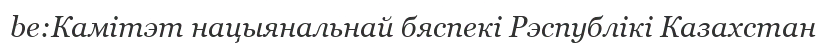
be:Камітэт нацыянальнай бяспекі Рэспублікі Казахстан